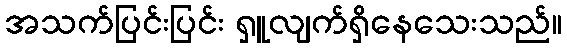
အသက်ပြင်းပြင်း ရှူလျက်ရှိနေသေးသည်။